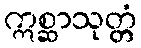
ဣစ္ဆာသုတ္တံ